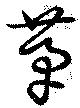
茅